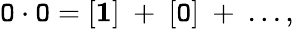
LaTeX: \mathtt{O}\cdot\mathtt{O}=[{\mathbf{1}}]~+~[\mathtt{O}]~+~...,